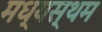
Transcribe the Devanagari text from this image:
मध्‍यस्‍थम